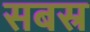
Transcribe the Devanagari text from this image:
सबस्र